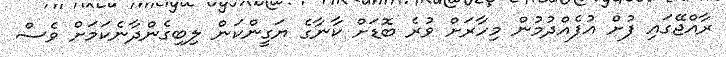
ރާއްޖޭގައި ފުށް އުފެއްދުމުން މިހާރަށް ވުރެ ބޮޑަށް ކާނާގެ ޔަގީންކަން ލިބިގެންދާނެކަމަށް ވެސް